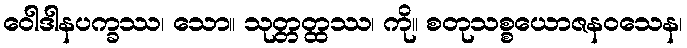
ဝေါဒါနပက္ခဿ၊ သော။ သုတ္တတ္ထဿ၊ ကို။ စတုသစ္စယောဇနဝသေန၊